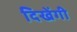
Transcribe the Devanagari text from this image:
दिखेंगी